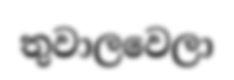
තුවාලවෙලා